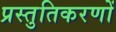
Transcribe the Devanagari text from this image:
प्रस्तुतिकरणों